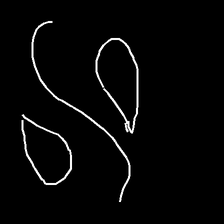
Glyph: water